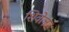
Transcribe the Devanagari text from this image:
शिवेल